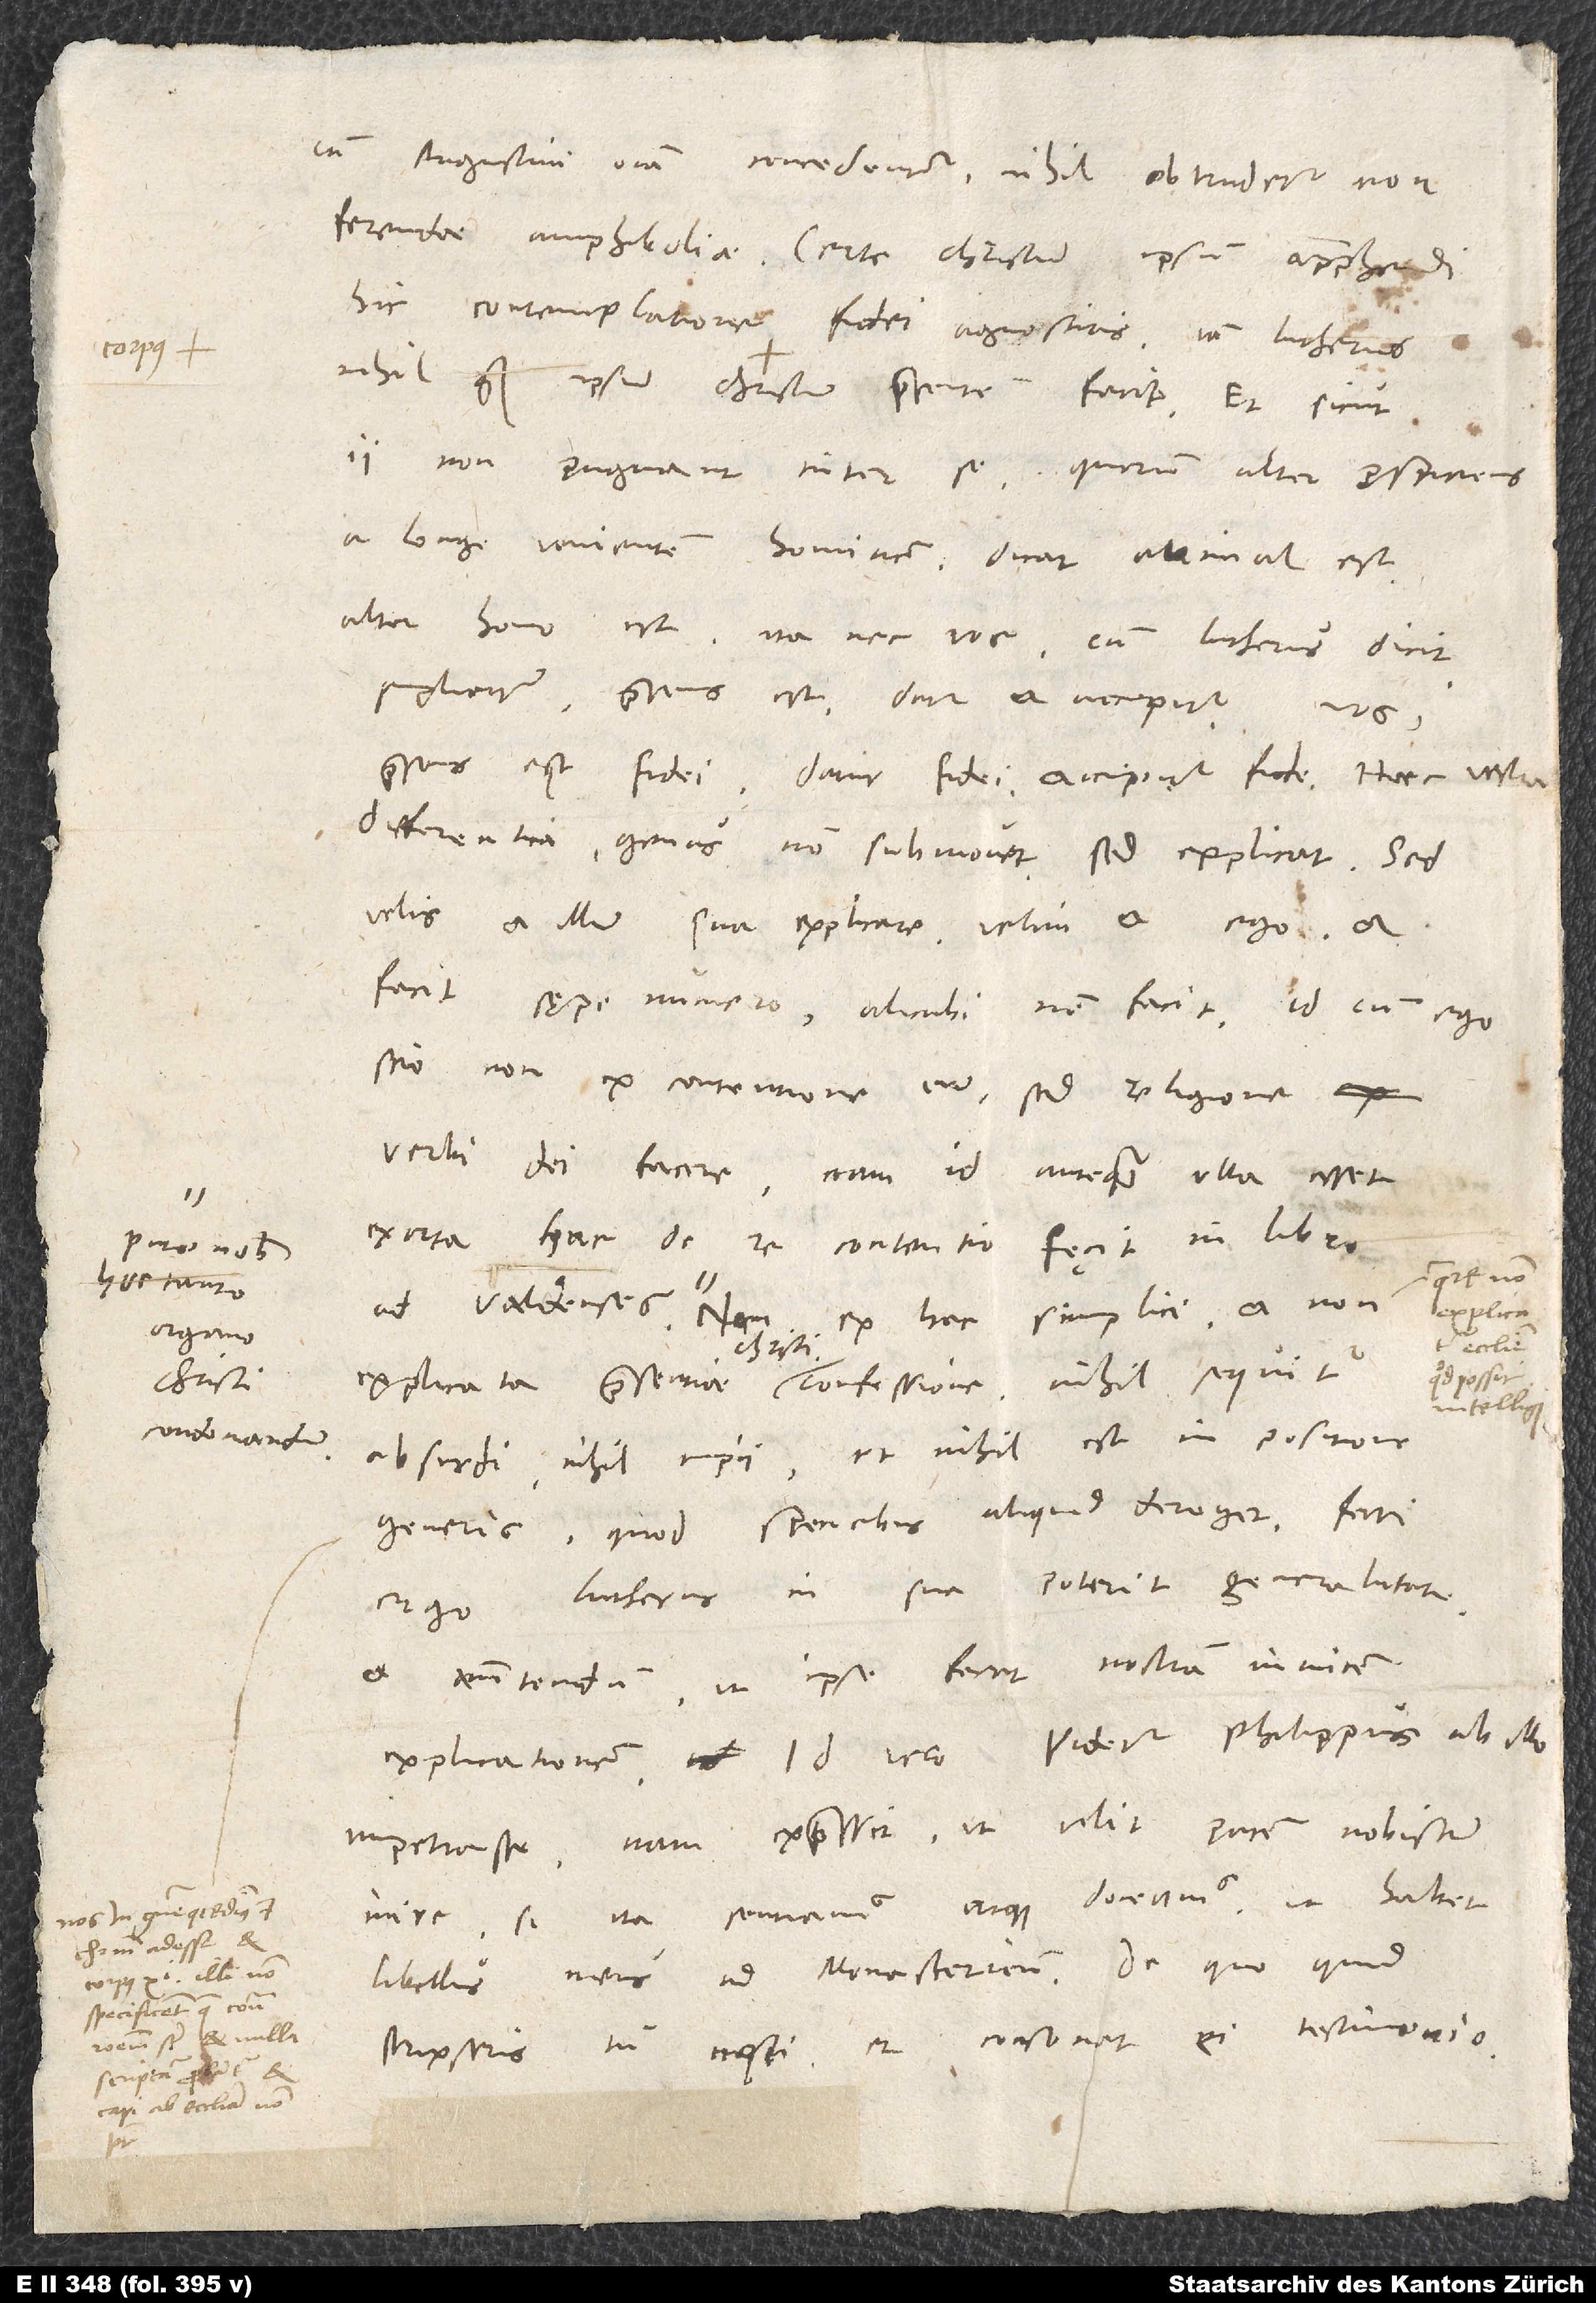
puto nobis
organo
condonandum.

cum Augustini omnia concedantur, nihil obtrudetur non
ferendae amphiboliae. Certe Christum ipsum apprehendi
hic contemplatione fidei agnoscitis. Iam Lutherus
nihil quam ipsum Christum praesentem facit. Et sicut
ii non pugnant inter se, quorum alter prospiciens
a longe venientem hominem dicat: Animal est,
alter: Homo est, ita nec vos, cum Lutherus dicit
simpliciter: Praesens est, datur et accipitur, vos:
Praesens est fidei, datur fidei, accipitur fide. Haec vestra
differentia genus non submovet, sed explicat.
velis et illum sua explicare. Velim et ego. Et
facit sępenumero, alicubi non facit. Id cum ego
scio non ex contentione eum, sed religione
verbi dei facere - nam id, antequam ulla esset
exorta hac de re contentio, fęcit in libro
explicata
ecclesia
absurdi, nihil impii, et nihil est in positione
generis, quod speciebus aliquid deroget. Ferri
ergo Lutherus in sua poterit generalitate
et annitendum, ut ipse ferat nostram invicem
explicationem. Id vero videtur Philippus ab illo
impetrasse. Nam expressit, ut velit pacem nobiscum
inire, si ita sentiamus atque doceamus, ut habet
libellus meus Ad Monasterienses. De quo quid
scripseris, tu nosti, et consonat ei testimonio